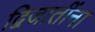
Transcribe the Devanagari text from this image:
द्विजातींना